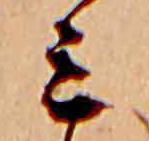
ミ